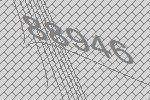
88946